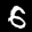
Label: 6